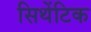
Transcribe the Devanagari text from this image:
सिथेंटिक